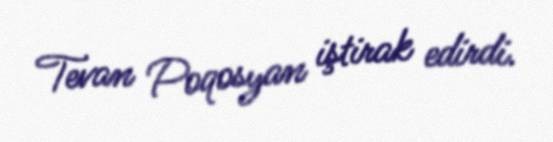
Tevan Poqosyan iştirak edirdi.